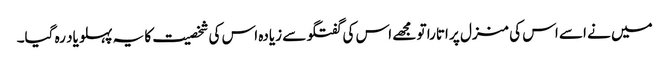
میں نے اسے اس کی منزل پر اتارا تو مجھے اس کی گفتگو سے زیادہ اس کی شخصیت کا یہ پہلو یاد رہ گیا۔